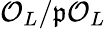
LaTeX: {\mathcal{O}}_{L}/{\mathfrak{p}}{\mathcal{O}}_{L}